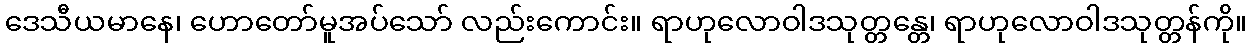
ဒေသီယမာနေ၊ ဟောတော်မူအပ်သော် လည်းကောင်း။ ရာဟုလောဝါဒသုတ္တန္တေ၊ ရာဟုလောဝါဒသုတ္တန်ကို။